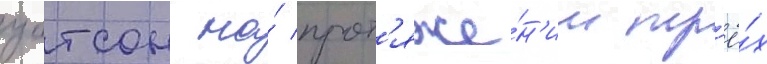
уотсон на́ прот'яже́н'ии тр'ё́х